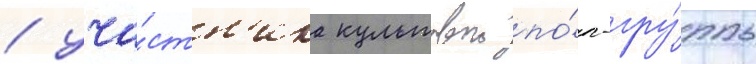
/ уча́стн'ика культовои по́п-гру́ппы